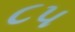
૮૫